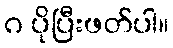
ဂ ပိုပြီးဖတ်ပါ။